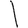
Digit: 1